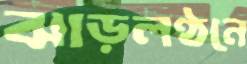
ঝাড়লণ্ঠনে